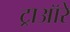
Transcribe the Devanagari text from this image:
ट्राऑरे